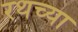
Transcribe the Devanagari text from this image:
रथच्या